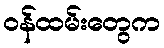
ဝန်ထမ်းတွေက